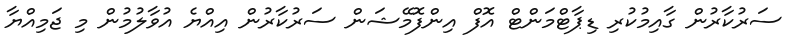
ސަރުކާރުން ގާއިމުކުރި ޑިޕާޓްމަންޓް އޮފް އިންފޮމޭޝަން ސަރުކާރުން އިއްޔެ އުވާލުމުން މި ޖަމިއްޔާ